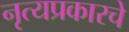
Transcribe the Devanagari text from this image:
नृत्यप्रकारचे